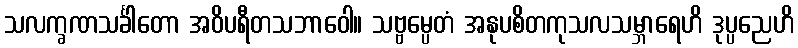
သလက္ခဏသင်္ခါတော အဝိပရီတသဘာဝေါ။ သဗ္ဗမ္ပေတံ အနုပစိတကုသလသမ္ဘာရေဟိ ဒုပ္ပညေဟိ